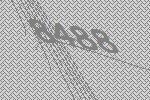
8488